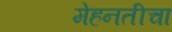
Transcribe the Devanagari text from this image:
मेहनतीचा